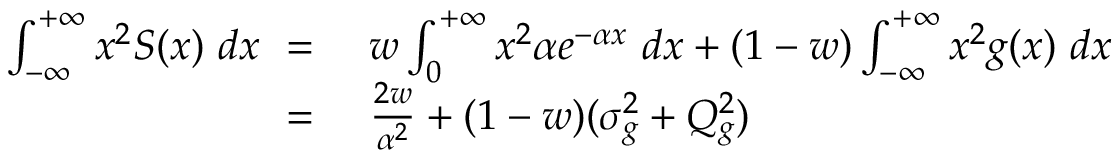
\begin{array} { r l } { \int _ { - \infty } ^ { + \infty } x ^ { 2 } S ( x ) \ d x \ = \ } & { { } w \int _ { 0 } ^ { + \infty } x ^ { 2 } \alpha e ^ { - \alpha x } \ d x + ( 1 - w ) \int _ { - \infty } ^ { + \infty } x ^ { 2 } g ( x ) \ d x } \\ { \ = \ } & { { } \frac { 2 w } { \alpha ^ { 2 } } + ( 1 - w ) ( \sigma _ { g } ^ { 2 } + Q _ { g } ^ { 2 } ) } \end{array}